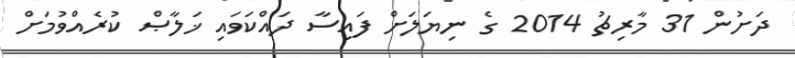
ދަށުން 31 މާރިޗު 2014 ގެ ނިޔަލަށް ފައިސާ ދައްކަވައި ޚަލާޞް ކުރެއްވުމަށް